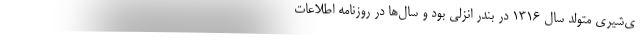
ی‌شیری متولد سال ۱۳۱۶ در بندر انزلی بود و سال‌ها در روزنامه اطلاعات